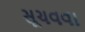
સૂચવવા